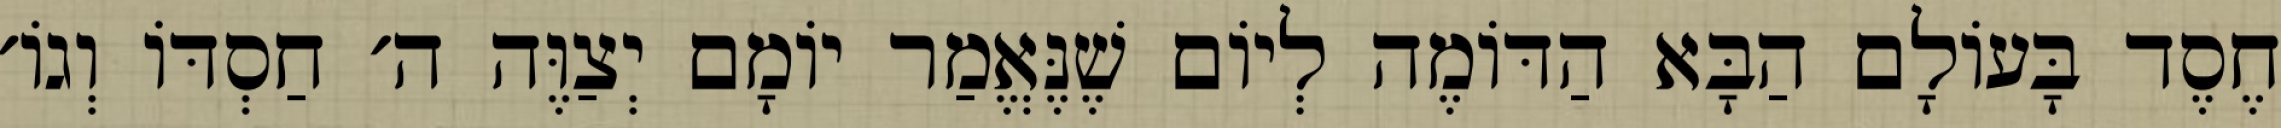
חֶסֶד בָּעוֹלָם הַבָּא הַדּוֹמֶה לְיוֹם שֶׁנֶּאֱמַר יוֹמָם יְצַוֶּה ה׳ חַסְדּוֹ וְגוֹ׳